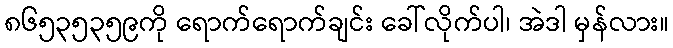
၈၆၅၃၅၃၅၉ကို ရောက်ရောက်ချင်း ခေါ်လိုက်ပါ၊ အဲဒါ မှန်လား။